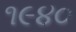
૧૯૪૦